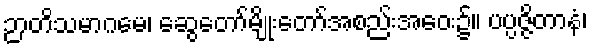
ဉာတိသမာဂမေ၊ ဆွေတော်မျိုးတော်အစည်းအဝေး၌။ ပပ္ပဇ္ဇိတာနံ၊